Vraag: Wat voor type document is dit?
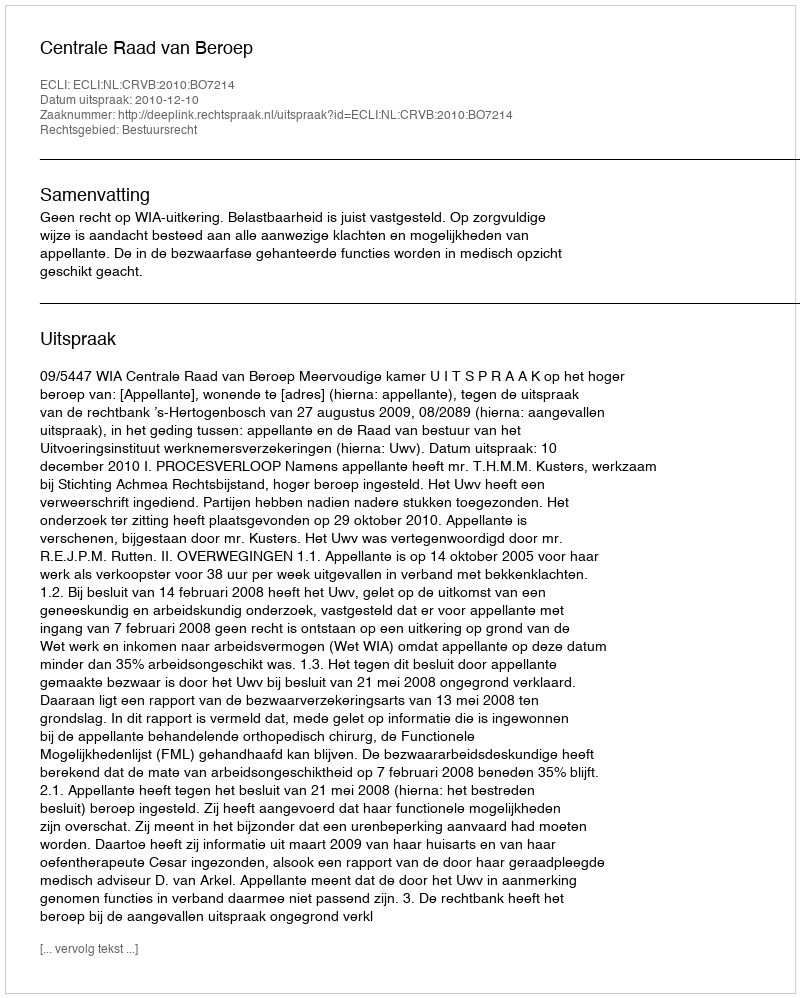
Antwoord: Uitspraak